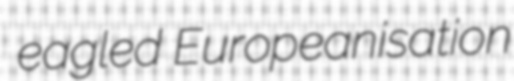
eagled Europeanisation